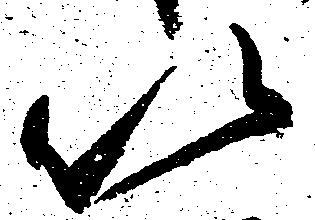
以